Vaccine operations Central Provinces 1886-1899 - 1886-1899
Year: 1886
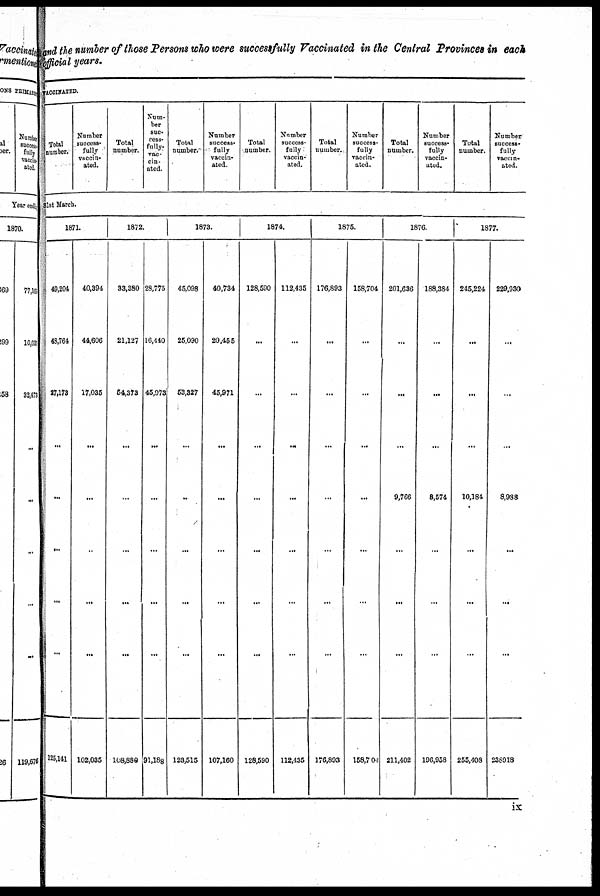
and the number of those Persons who were successfully Vaccinated in the Central Provinces in each
official years.
VACCINATED.
Total
number.
Number
success-
fully
vaccin-
ated.
Total
number.
Num-
ber
suc¬
cess-
fully
vac-
cin-
ated.
Total
number.
Number
success-
fully
vaccin-
ated.
Total
number.
Number
success-
fully
vaccin-
ated.
Total
number.
Number
success-
fully
vaccin-
ated.
Total
number.
Number
success-
fully
vaccin-
ated.
Total
number.
Number
success-
fully
vaccin-
ated.
31st March.
1871.
49,204
48,764
27,173
...
...
...
...
...
125,141
40,394
44,606
17,035
...
...
..
...
...
102,035
1872.
33,380
21,127
64,373
...
...
...
...
...
108,889
28,775
16,440
45,973
...
...
...
...
...
91,188
1873.
45,098
25,090
53,327
...
...
...
...
...
123,515
40,734
20,455
45,971
...
...
...
...
...
107,160
1874.
128,590
...
...
...
...
...
...
...
128,590
112,435
...
...
...
...
...
...
...
112,435
1875.
176,893
...
...
...
...
...
...
...
176,893
158,704
...
...
...
...
...
...
...
158,704
1876.
201,636
...
...
...
9,766
...
...
...
211,402
188,384
...
...
...
8,574
...
...
...
196,958
1877.
245,224
...
...
...
10,184
...
...
...
255,408
229,930
...
...
...
8,988
...
...
...
236918
ix